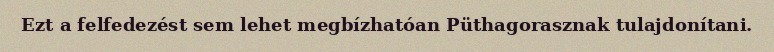
Ezt a felfedezést sem lehet megbízhatóan Püthagorasznak tulajdonítani.